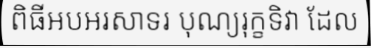
ពិធីអបអរសាទរ បុណ្យរុក្ខទិវា ដែល